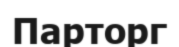
Парторг